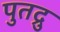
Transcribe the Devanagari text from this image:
पुतद्रु